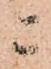
ニ